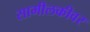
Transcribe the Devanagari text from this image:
सामीलकीवर